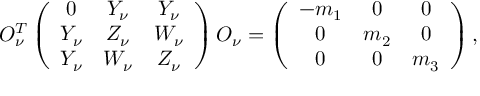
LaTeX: O _ { \nu } ^ { T } \left( \begin{array} { c c c } { { 0 } } & { { Y _ { \nu } } } & { { Y _ { \nu } } } \\ { { Y _ { \nu } } } & { { Z _ { \nu } } } & { { W _ { \nu } } } \\ { { Y _ { \nu } } } & { { W _ { \nu } } } & { { Z _ { \nu } } } \end{array} \right) O _ { \nu } = \left( \begin{array} { c c c } { { - m _ { 1 } } } & { { 0 } } & { { 0 } } \\ { { 0 } } & { { m _ { 2 } } } & { { 0 } } \\ { { 0 } } & { { 0 } } & { { m _ { 3 } } } \end{array} \right) ,